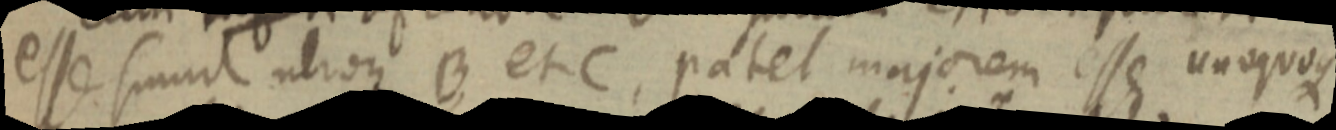
esse simul utroqe B et C, patet majorem esse unoquoque